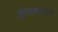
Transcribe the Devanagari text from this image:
इंगलाकेरे